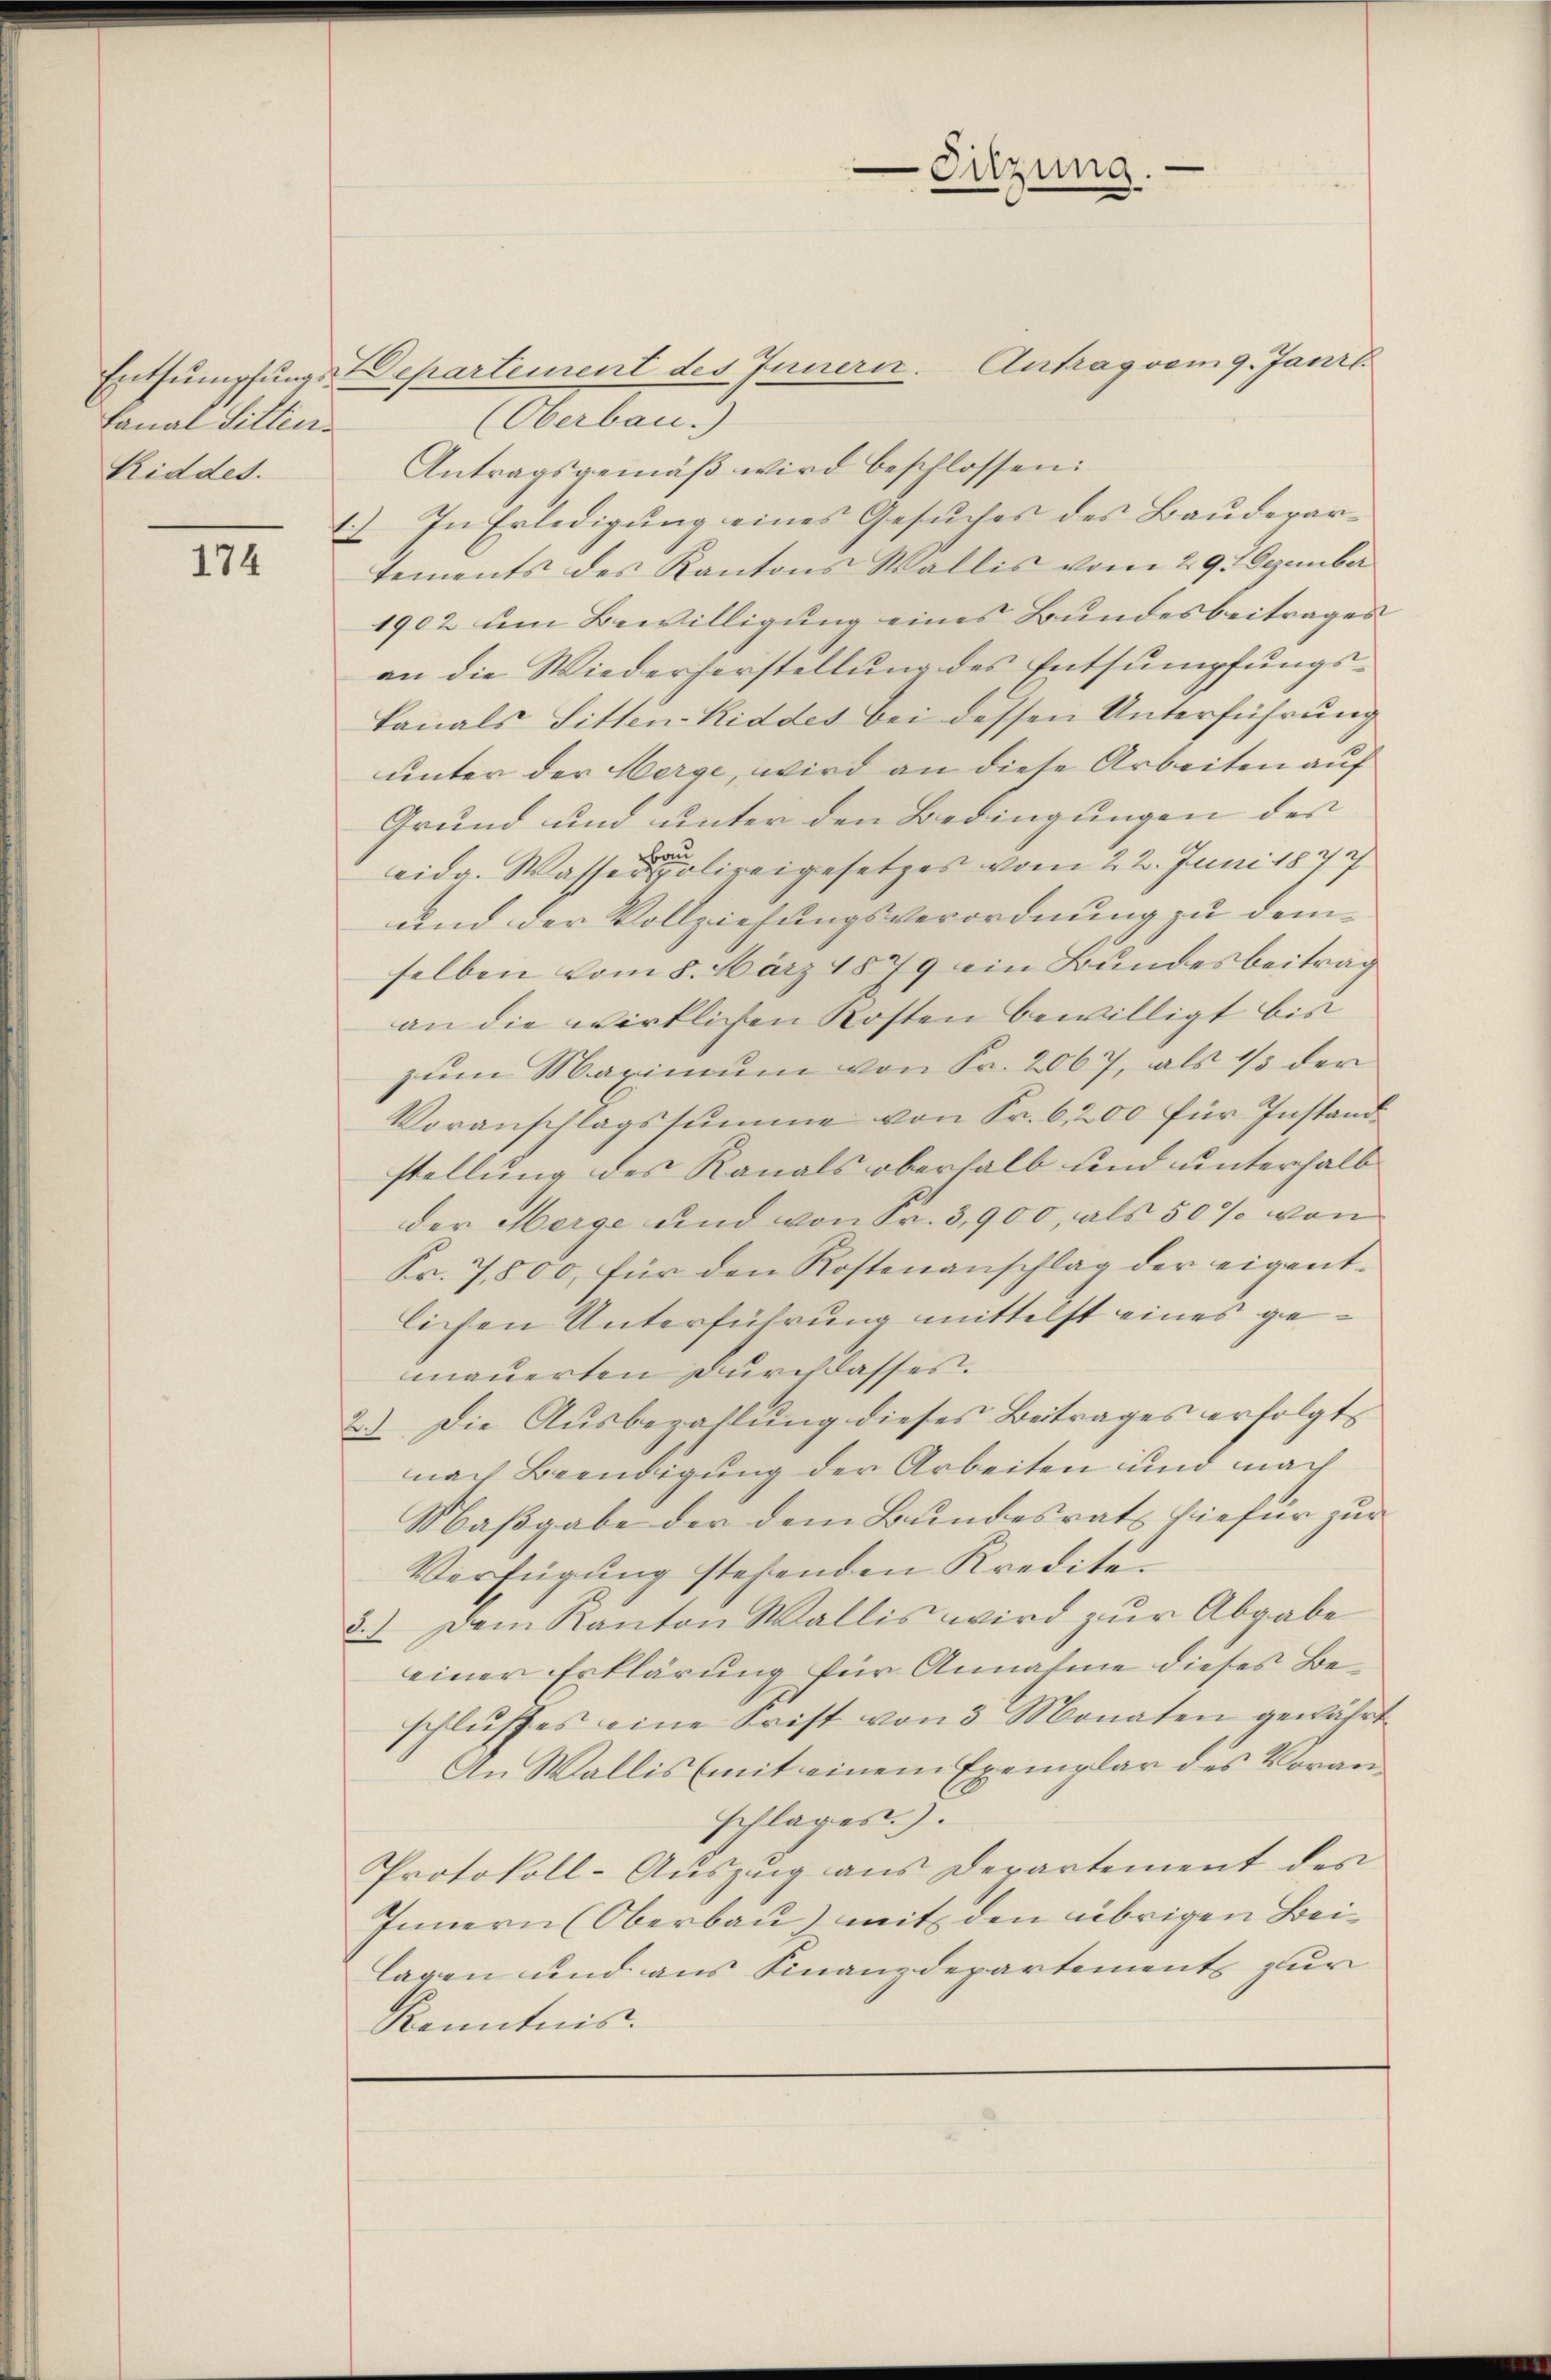
Fanal Sitten.
Riddes.

174

Sitzung.

Entsumpfungs Departement des Innern. Antrag vom 9. Janil
Obubani
Antragsgemäß wird beschlossen:
1.) In Erledigung eines Gesuches des Bauderartements des Kantons Wallis vom 29. Dezember
1902 um Bewilligung eines Bundesbeitrages
an die Wiederherstellung des Entsumpfungskanals Sitten-Kiddes bei dessen Unterführung
unter der Herge, wird an diese Arbeiten auf
Grund und unter den Bedingungen der
eidg. Wasser solireigesetzes vom 22. Juni 1877
und der Vollziehungsverordnung zu demselben vom 5. März 1879 ein Bundesbeitrag
an die wirklichen Kosten bewilligt bis
zum Maximum von Fr. 2067, als 1/3 der
Voranschlagssumme von Fr. 6, 200 für Instand
stellung des Kanals oberhalb und unterhalb
der Merge und von Fr. 3,900, als 50% von
Fr. 7,800, für den Kostenanschlag der eigentlichen Unterführung mittelst eines gemauerten Durch dasses.
2.) Die Ausbezahlung dieses Beitrages erfolgt
nach Beendigung der Arbeiten und nach
Maßgabe der dem Bundesrats hiefür zur
Verfügung stehenden Kredite.
5.) Dem Kanton Wallis wird zur Abgabe
einer Erklärung für Annahme dieses Beschlŭsses eine Frist von 3 Monaten gewährt
An Wallis (mit einem Exemplar des Voranschlages.).
Protokoll-Aŭszŭg ans Departement des
Innern (Oberbau) mit den übrigen Beilagen und aus Finanzdepartements zur
Kenntnis.